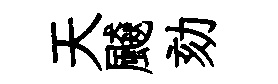
天飇劾